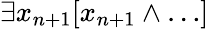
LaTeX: \exists x_{n+1}[x_{n+1}\land\dots]